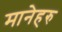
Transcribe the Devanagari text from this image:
मानेहरु